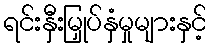
ရင်းနှီးမြှုပ်နှံမှုများနှင့်